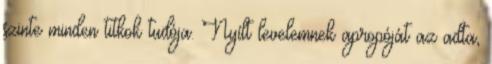
szinte minden titkok tudója. Nyílt levelemnek apropóját az adta,